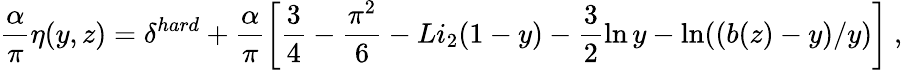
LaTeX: \frac{\alpha}{\pi}\eta(y,z)=\delta^{hard}+\frac{\alpha}{\pi}\left[\frac{3}{4}-\frac{\pi^{2}}{6}-Li_{2}(1-y)-\frac{3}{2}\ln y-\ln((b(z)-y)/y)\right]\ ,